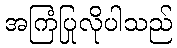
အကြံပြုလိုပါသည်